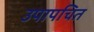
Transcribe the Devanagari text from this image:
उपापचित